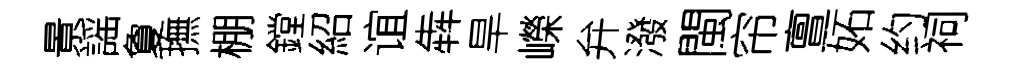
㬌謡夐撫棚鏜紹谊犇旱嶸弁潑閩帘亶妬约祠